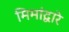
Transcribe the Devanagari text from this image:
मिमांद्वारे